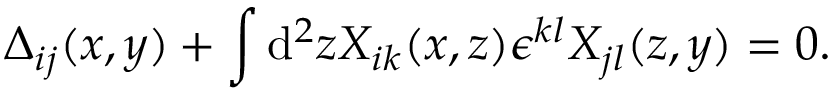
\Delta _ { i j } ( x , y ) + \int \mathrm { d } ^ { 2 } z X _ { i k } ( x , z ) \epsilon ^ { k l } X _ { j l } ( z , y ) = 0 .